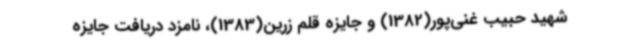
شهید حبیب غنی‌پور(1382) و جایزه قلم زرین(1383)، نامزد دریافت جایزه